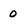
Character: o